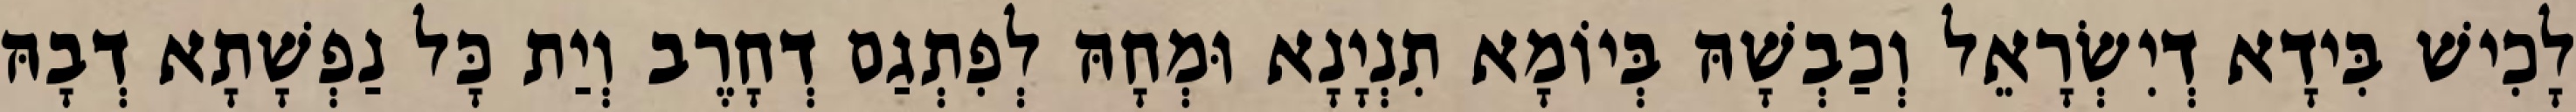
לָכִישׁ בִּידָא דְיִשְׂרָאֵל וְכַבְשָׁהּ בְּיוֹמָא תִנְיָנָא וּמְחָהּ לְפִתְגַם דְחָרֶב וְיַת כָּל נַפְשָׁתָא דְבָהּ